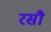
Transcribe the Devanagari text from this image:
रसौ